Vital statistics of India. Vol. VI, European troops 1870-79
Year: 1870
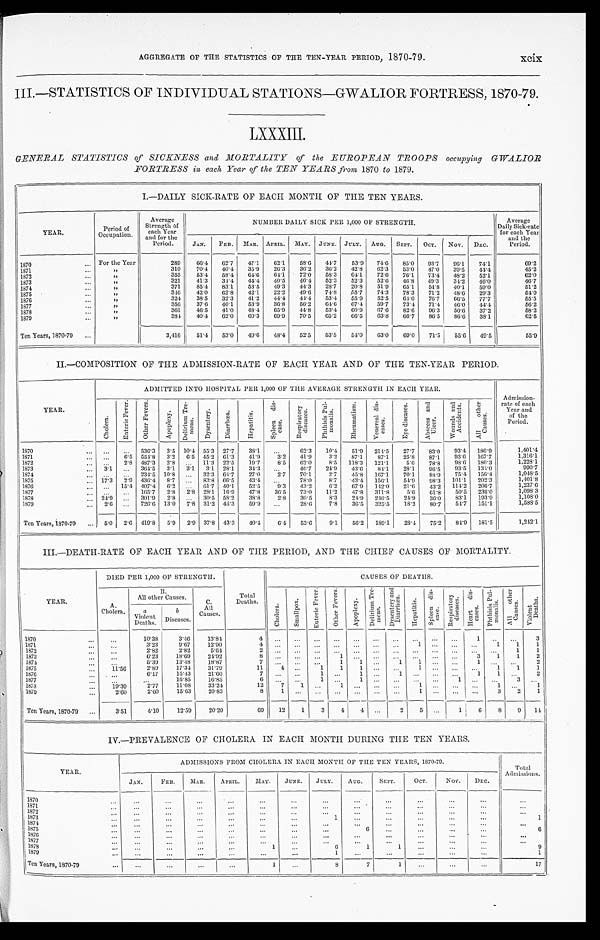
AGGREGATE OF THE STATISTICS OF THE TEN-YEAR PERIOD, 1870-79.
xcix
III.—STATISTICS OF INDIVIDUAL STATIONS—GWALIOR FORTRESS, 1870-79.
LXXXIII.
GENERAL STATISTICS of SICKNESS and MORTALITY of the EUROPEAN TROOPS occupying GWALIOR
FORTRESS in each Year of the TEN YEARS from 1870 to 1879.
I.—DAILY SICK-RATE OF EACH MONTH OF THE TEN YEARS.
YEAR.
Period of
Occupation.
Average
Strength of
each Year
and for the
Period.
NUMBER DAILY SICK PER 1,000 OF STRENGTH.
Average
Daily Sick-rate
for each Year
and the
Period.
JAN. FEB. MAR. APRIL MAY. JUNE. JULY. AUG. SEPT. OCT. NOV.
D E C .
1870
For the Year
289 66.4 62.7 47.1 62.1 58.6 44.7
5 3 . 9
74.6 85.0
9 3 . 7
96.1 74.1
69.2
1871
"
310 70.4 40.4 35.9 26.3 36.2 36.2 42.8 62.3 53.0 47. 0 39.5 44.4
45.2
1 8 7 2
"
355 53.4 58.4 64.6 64.1 72.0 58.3 64.1 72.6 76.1 73. 4 48.2 52.1
62.0
1873
"
321 41.3 34.4 44.4 40.5 46.4 52.3 52.3 52.6 46.8 49.3 34.2 46.0
46.7
1874
"
371 85.4 83.1 53.5 49.3 44.3 28.7 20.8 51.9 65.1 54. 8 40.1 59.0
51.2
1875
"
346 42.0 62.8 42.1 22.2 49.6 74.8 55.7 74.3 78.3 71.2 48.6 29.3
54.9
1876
"
324 38.5 32.3 41.2 44.4 44.4 53.4 55.9 52.5 64.0 76. 7 66.5 77.7
55.5
1877
"
356 37.0 46.1 53.9 36.8 56.2 64.6 67.4 59.7 73.4 71.4 46.0 44.4
56.2
1878
"
361 46.5 41.0 48.4 65.9 44.8 53.4 60.9 67.6 82.6 96.3 50.6 37.2
58.2
1879
"
384 40.4 62.0 60.3 69.9 70.5 65.2 66.5 63.8 66.7 86.5 86.6 38.1
62.5
Ten Years, 1870-79
3,416 51.4 53.0 49.6 48.4 52.5 53.5 54.0 63.0 69.0 71. 5 55.6 49.5
55.9
II.—COMPOSITION OF THE ADMISSION-RATE OF EACH YEAR AND OF THE TEN-YEAR PERIOD.
YEAR.
ADMITTED INTO HOSPITAL PER 1,000 OF THE AVERAGE STRENGTH IN EACH YEAR.
Admission-
rate of each
Year and
of the
Period.
C h o l e r a .
E n t e r i c F e v e r .
O t h e r F e v e r s .
A p o p l e x y .
D e l i r i u m T r e -
m e n s .
D y s e n t e r y .
D i a r r h œ a .
H e p a t i t i s .
S p l e e n d i s -
e a s e .
R e s p i r a t o r y
d i s e a s e s .
P h t h i s i s P u l -
m o n a l i s .
R h e u m a t i s m .
V e n e r e a l d i s -
e a s e s .
E y e d i s e a s e s . A b s c e s s a n d U l c e r .
W o u n d s a n d
A c c i d e n t s .
A l l o t h e r C a u s e s .
1870
536.3 3.5 10.4 55.3 27.7 38.1
62.3 10.4 51.9 214.5 27.7 83.0 93.4 186.9
1,401.4
1871
6.5 554.8 3.2 6.5 45.2 61.3 41.9 3.2 41.9
3.2 87.1 87.1 25.8 87.1 93.6 167.7
1,316.1
1872
2. 8 487.3 2.8
11.3 22.5 19.7 8.5 62.0 8.5 118.3 121.1. 5.6 78.8 98.6 180.3
1,228.1
1 8 7 3 3.1
364.5 3.1 3.1 3.1 28.1 34.3
46.7 24.9 43.6 84.1 28.1 96.5 93.5 134.0
990.7
1874
234.5 10.8
32.3 64.7 27.0 2.7 70.1
2.7 45.8 167.1 70.1 88.9 75.4 156.4
1,048.5
1 8 7 5 17.3 2. 9 436.4 8.7
83.8 66.5 43.4
4 3 . 4 78.0 8.7 43.4 156.1 54.9 98.3 101.1 202.3
1, 401. 8
1870
15.4 407.4 6.2
61.7 40.1 52.5 9.3 43.2 6.2 67.9 142.0 21.6 43.2 114.2 206.7
1,237.6
1877
165.7 2.8 2. 8 28.1 16.9 47.8 36.5 73.0 11.2 47.8 311.8
5.6 61.8 50.5 236.0
1,098.3
1878
24.9
301.9 2.8
30.5 58.2 38.8
2.8 30.5 8.3 24.9 246.5 24.9 36.0 83.1 193.9
1,108.0
1879
2.6
726.6 13.0 7.8 31.2 44.3 59.9
28.6 7.8 36.5 325.5 18.2 80.7 54.7 151.1
1,588.5
Ten Years, 1870-79
5.0 2.6 419.8 5.9 2. 9 37.8 43.3 40.4 6.4 53.6
9.1 56.2 189.1 28.4 75.2 84.9 181.5
1, 242. 1
III.—DEATH-RATE OF EACH YEAR AND OF THE PERIOD, AND THE CHIEF CAUSES OF MORTALITY.
DIED PER 1,000 OF STRENGTH.
Total
Deaths.
CAUSES OF DEATHS.
YEAR.
A.
Cholera.
All other Causes.
C.
A l l o t h e r C a u s e s .
C h o l e r a .
S m a l l p o x .
E n t e r i c F e v e r O t h e r F e v e r s .
A p o p l e x y
D e l e r i u m T r e -
m e n s .
D y s e n t e r y a n d
D i a r r h œ a .
H e p a t i t i s .
S p l e e n d i s -
e a s e .
Re s p i r a t o r y
di s eas es .
He a r t d i s -
eas es .
P h t h i s i s P u l -
m o n a l i s . A l l o t h e r
C a u s e s .
V i o l e n t D e a t h s .
a
Violent
Deaths.
b
Diseases.
1870
10.38
3.46
13.84
4
1
3
1871
3.23
9.67
12.90
4
1
1 1 1
1872
2.82
2.82
5.64
2
1 1
1873
6.23
18.69
24.92
8
3 1 1 2
1 8 7 4
5.39
13.48
18.87
7
1 1
1
1
1
2
1875
11.56
2.89
17.34
31.79
11
4
1 1
1
1
1 1 1
1876
6.17
15.43
21.60
7
1
1
1
1
1
2
1 8 7 7
16.85
16.85
6
1
1
1
3
1 8 7 8 19.39
2 . 7 7
11.8
33.2
12
7 1
1
1
1
1
1 8 7 9
2.60
2.60
15.63
20.83
8
1
1
3 2 1
Ten Years, 1870-79
3.51
4.10
12.59
20.20
69 12 1 3 4 4
2
1
6
8 9 1 4
IV.—PREVALENCE OF CHOLERA IN EACH MONTH DURING THE TEN YEARS.
YEAR.
ADMISSIONS FROM CHOLERA. IN EACH MONTH OF THE TEN YEARS, 1870-79.
Total
Admissions.
JAN.
FEB. MAR.
APRIL.
M A Y .
JUNE. JULY. AUG. SEPT.
OCT.
NOV. DEC.
1870 1871 1 8 7 2
1873
1
1
1 8 7 4
1875
6
6
1876 1877 1878
1
6
1
1
9
1879
1
1
Ten Years, 1870-79
1
8
7
1
17